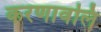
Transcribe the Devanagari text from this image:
करणावलि